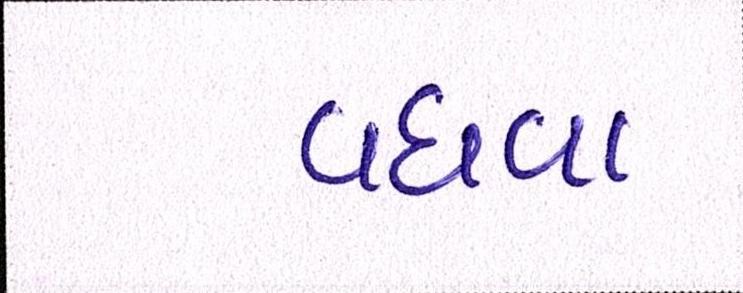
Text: વધવા